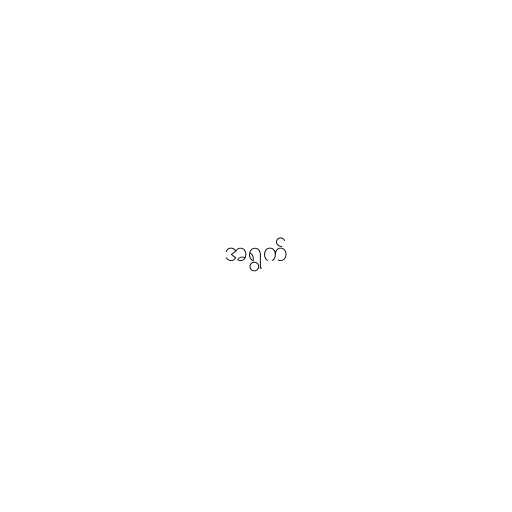
အရွက်